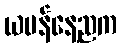
ယမန်နေ့ညက